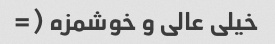
خیلی عالی و خوشمزه (=